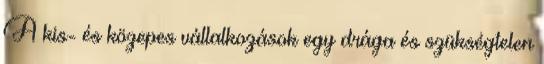
A kis- és közepes vállalkozások egy drága és szükségtelen